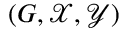
( G , { \mathcal { X } } , { \mathcal { Y } } )